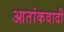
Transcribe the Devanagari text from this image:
आतांकवादी